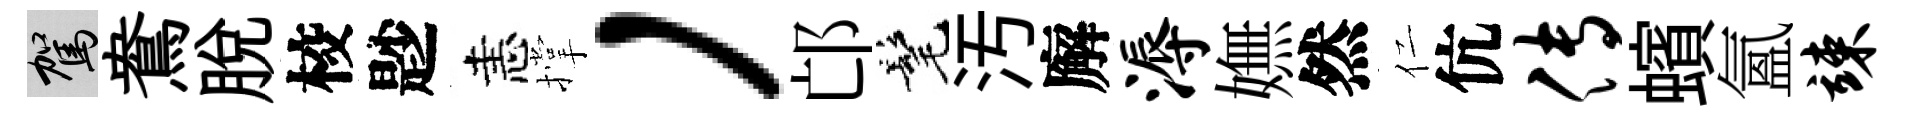
駕鴦脫校尟恚撑，邙髦汚廨溽嫵然仁伉传蠙氳竦